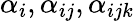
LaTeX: \alpha_{i},\alpha_{ij},\alpha_{ijk}